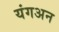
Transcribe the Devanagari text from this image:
यंगअन